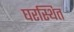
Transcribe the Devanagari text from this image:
घरस्थित